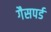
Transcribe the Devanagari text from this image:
गैसपर्ड